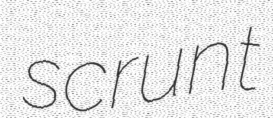
scrunt